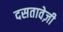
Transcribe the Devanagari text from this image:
दसतावेज़ी